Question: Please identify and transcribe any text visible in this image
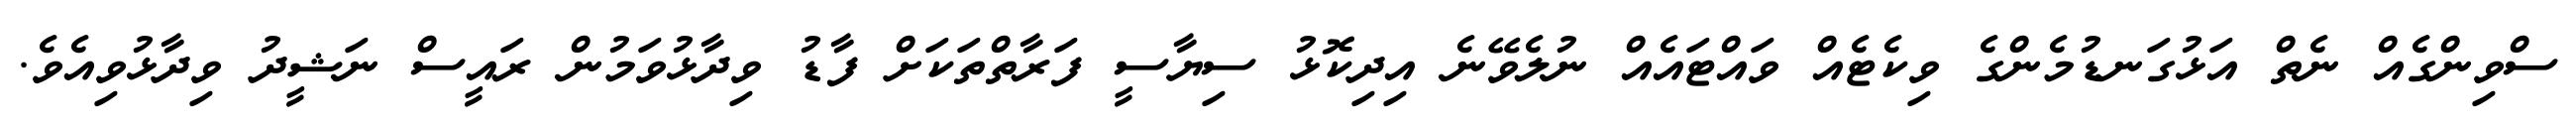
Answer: ސްވިންގެއް ނެތް އަޅުގަނޑުމެންގެ ވިކެޓެއް ވައްޓައެއް ނުލެވޭނެ އިދިކޮޅު ސިޔާސީ ފަރާތްތަކަށް ފާޑު ވިދާޅުވަމުން ރައީސް ނަޝީދު ވިދާޅުވިއެވެ.